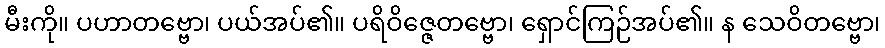
မီးကို။ ပဟာတဗ္ဗော၊ ပယ်အပ်၏။ ပရိဝိဇ္ဇေတဗ္ဗော၊ ရှောင်ကြဉ်အပ်၏။ န သေဝိတဗ္ဗော၊